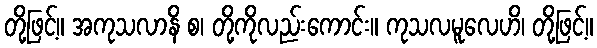
တို့ဖြင့်။ အကုသလာနိ စ၊ တို့ကိုလည်းကောင်း။ ကုသလမူလေဟိ၊ တို့ဖြင့်။